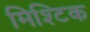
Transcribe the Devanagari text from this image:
मिश्टिक